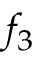
f _ { 3 }